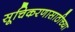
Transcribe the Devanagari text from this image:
सूचिकरणासाठीच्या